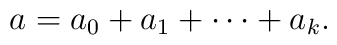
a = a_0 + a_1 + \cdots + a_k.